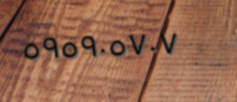
٥٩٥٩٠٥٧٠٧